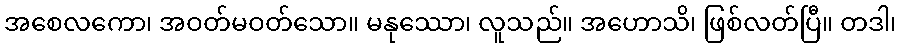
အစေလကော၊ အဝတ်မဝတ်သော။ မနုဿော၊ လူသည်။ အဟောသိ၊ ဖြစ်လတ်ပြီ။ တဒါ၊